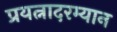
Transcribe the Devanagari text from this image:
प्रयत्नादरम्यान